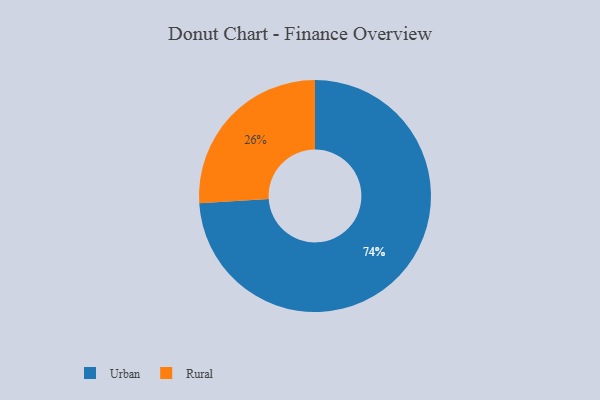
{"axis": {"x": "Category", "y": "Percentage"}, "legend": ["Rural", "Urban"], "data": [{"x": "Rural", "y": 26, "type": "Rural"}, {"x": "Urban", "y": 74, "type": "Urban"}]}